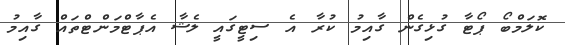
ކޮލަމްބޯ ޕޯޓާ ގުޅިގެން ގާއިމު ކުރާ އެ ސިޓީގައީ ލެޝާ އެޕާޓްމަންޓްތައް ގާއިމު